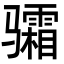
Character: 骦